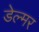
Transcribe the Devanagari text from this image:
डेल्मर